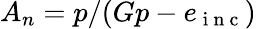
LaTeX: A_{n}=p/(Gp-e_{\mathrm{~i~n~c~}})